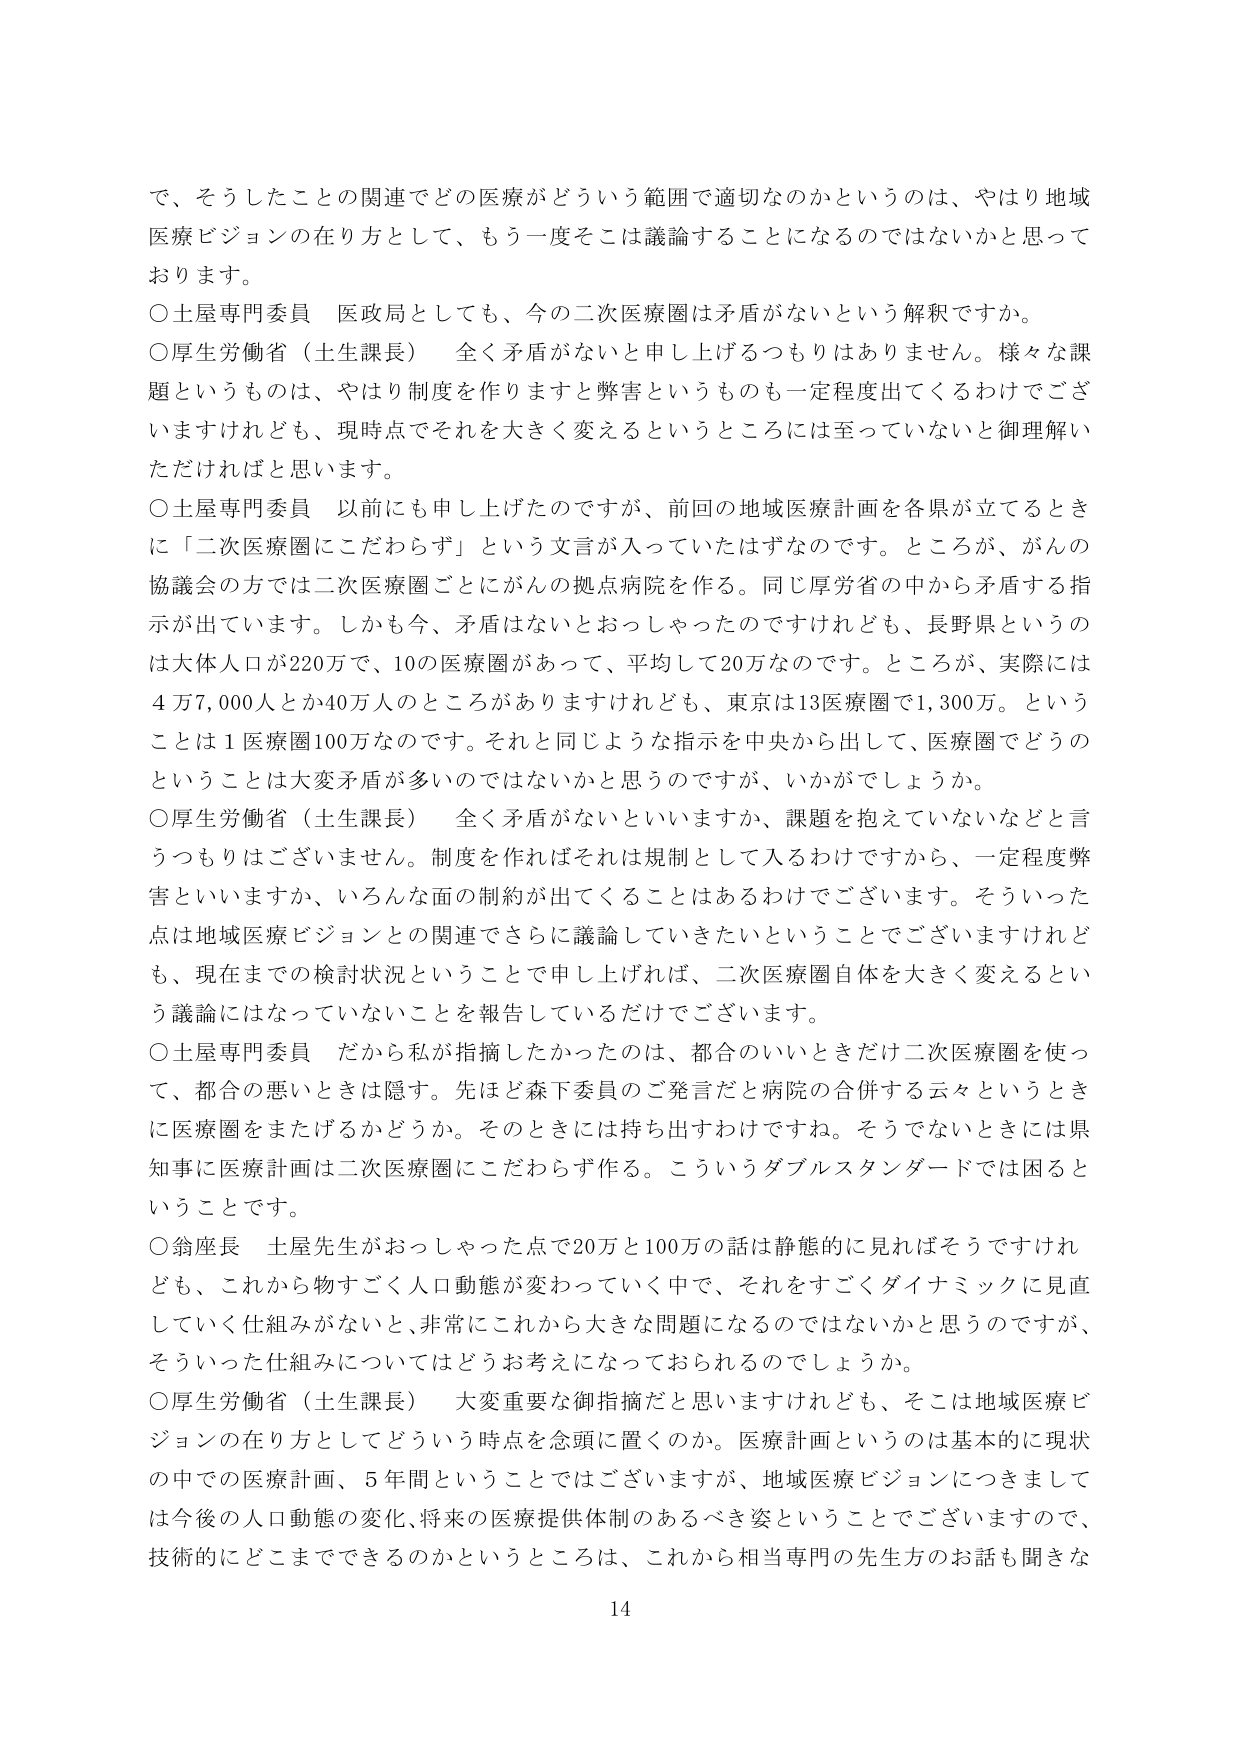
で、そうしたことの関連でどの医療がどういう範囲で適切なのかというのは、やはり地域医療ビジョンの在り方として、もう一度そこは議論することになるのではないかと思っております。

○土屋専門委員 医政局としても、今の二次医療圏は矛盾がないという解釈ですか。

○厚生労働省（土生課長） 全く矛盾がないと申し上げるつもりはありません。様々な課題というものは、やはり制度を作りますと弊害というのも一定程度出てくるわけでございますけれども、現時点でそれを大きく変えるというところには至っていないと御理解いただければと思います。

○土屋専門委員 以前にも申し上げたのですが、前回の地域医療計画を各県が立てるときに「二次医療圏にこだわらず」という文言が入っていたはずなのです。ところが、がんの協議会の方では二次医療圏ごとにがんの拠点病院を作る。同じ厚労省の中から矛盾する指示が出ています。しかも今、矛盾はないとおっしゃったのですけれども、長野県というのは大体人口が220万で、10の医療圏があって、平均して20万なのです。ところが、実際には4万7,000人とか40万人のところがありますけれども、東京は13医療圏で1,300万。ということは1医療圏100万なのです。それと同じような指示を中央から出して、医療圏でどうのということは大変矛盾が多いのではないかと思うのですが、いかがでしょうか。

○厚生労働省（土生課長） 全く矛盾がないといいますか、課題を抱えていないなどと言うつもりはございません。制度を作ればそれは規制として入るわけですから、一定程度弊害といいますか、いろんな面の制約が出てくることはあるわけでございます。そういった点は地域医療ビジョンとの関連でさらに議論していきたいということでございますけれども、現在までの検討状況ということで申し上げれば、二次医療圏自体を大きく変えるという議論にはなっていないことを報告しているだけでございます。

○土屋専門委員 だから私が指摘したかったのは、都合のいいときだけ二次医療圏を使って、都合の悪いときは隠す。先ほど森下委員のご発言だと病院の合併する云々というときに医療圏をまたげるかどうか。そのときには持ち出すわけですね。そうでないときには県知事に医療計画は二次医療圏にこだわらず作る。こういうダブルスタンダードでは困るということです。

○翁座長 土屋先生がおっしゃった点で20万と100万の話は静態的に見ればそうですけれども、これから物すごく人口動態が変わっていく中で、それをすごくダイナミックに見直していく仕組みがないと、非常にこれから大きな問題になるのではないかと思うのですが、そういった仕組みについてはどうお考えになっておられるのでしょうか。

○厚生労働省（土生課長） 大変重要な御指摘だと思いますけれども、そこは地域医療ビジョンの在り方としてどういう時点を念頭に置くのか。医療計画というのは基本的に現状の中での医療計画、5年間ということではございますが、地域医療ビジョンにつきましては今後的人口動態の変化、将来の医療提供体制のあるべき姿ということでございますので、技術的にどこまでできるのかというところは、これから相当専門の先生方のお話も聞きな

14